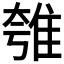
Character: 𨾺